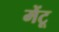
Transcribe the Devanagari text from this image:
मेंटू